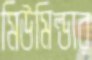
মিউমিল্ডার